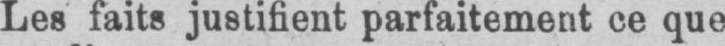
Les faits justifient parfaitement ce que